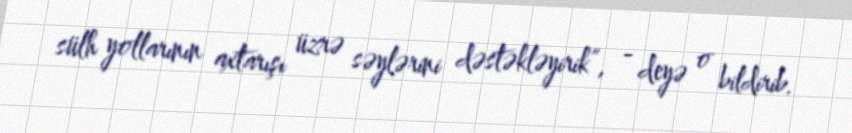
sülh yollarının axtarışı üzrə səylərini dəstəkləyirik”, - deyə o bildirib.